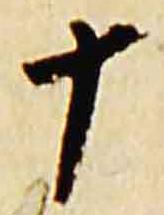
十